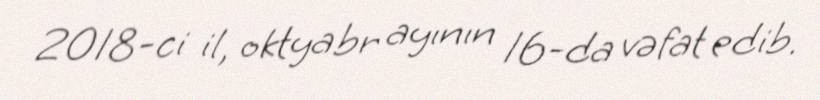
2018-ci il, oktyabr ayının 16-da vəfat edib.